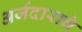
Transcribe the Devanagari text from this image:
अर्जदाराचे